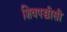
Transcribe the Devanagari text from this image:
शिवपच्चीसी